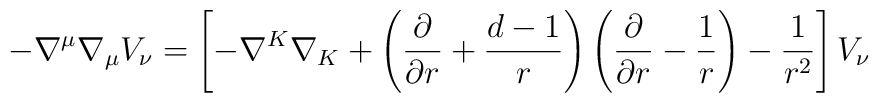
-\nabla^\mu \nabla_\mu V_{\nu}=\left[-\nabla^K\nabla_K+\left({\partial \over \partial r}+{{d-1}\over  r}\right)\left({\partial \over \partial r}-{1 \over r}\right)-{1 \over {r^2}} \right] V_{\nu}~~~